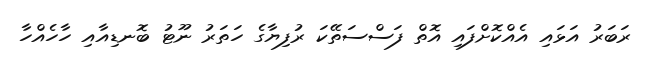
ރަބަރު އަޅައި އެއްކޮށްފައި އޮތް ފަސްސަތޭކަ ރުފިޔާގެ ހަތަރު ނޫޓު ބޮނޑިއާއި ހާހެއްހާ